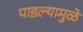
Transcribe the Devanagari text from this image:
पाडल्यामुळे